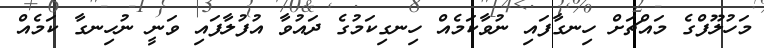
މަހުލޫފްގެ މައްޗަށް ހިނގާފައި ނުވާކަމެއް ހިނގިކަމުގެ ދައުވާ އުފުލާފައި ވަނީ ނުހިނގާ ކަމެއް